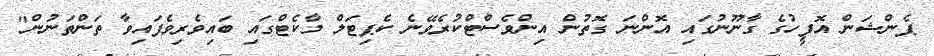
ޕެންޝަން އޮފީހުގެ ގާނޫނުގައި އޮންނަ ގޮތުން އިންވެސްޓްކުރެވޭނެ ކެޕިޓަލް މާކެޓްގައި ބައިވެރިވެފައިވާ ތަންތަނުން"